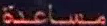
مساعدة